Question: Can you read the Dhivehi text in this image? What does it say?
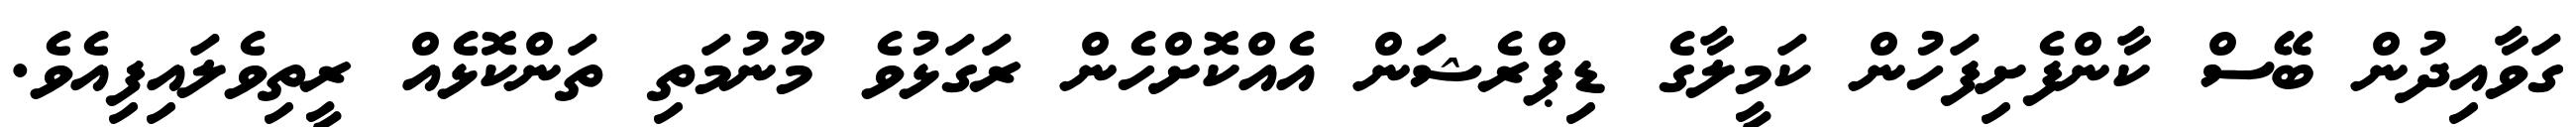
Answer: ގަވާއިދުން ބޭސް ކާންފެށިފަހުން ކަމީލާގެ ޑިޕްރެޝަން އެއްކޮށްހެން ރަގަޅުވެ މޫނުމަތި ތަންކޮޅެއް ރީތިވެލައިފިއެވެ.